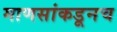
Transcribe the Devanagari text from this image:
माणसांकडूनच